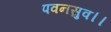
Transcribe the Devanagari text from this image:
पवनसुव।।